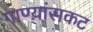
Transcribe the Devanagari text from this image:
गाण्य़ांसकट